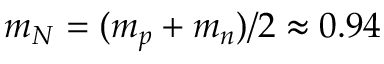
m _ { N } = ( m _ { p } + m _ { n } ) / 2 \approx 0 . 9 4